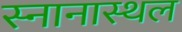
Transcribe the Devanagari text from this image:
स्नानास्थल